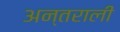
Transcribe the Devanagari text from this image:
अन्तराली